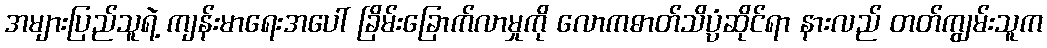
အများပြည်သူရဲ့ ကျန်းမာရေးအပေါ် ခြိမ်းခြောက်လာမှုကို လောကဓာတ်သိပ္ပံဆိုင်ရာ နားလည် တတ်ကျွမ်းသူက